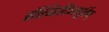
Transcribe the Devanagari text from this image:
संस्थितदिव्यमूर्तिम्